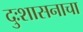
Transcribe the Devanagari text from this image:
दुःशासनाचा